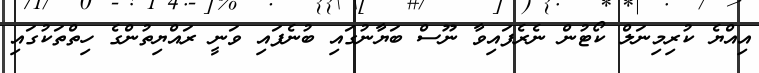
އިއްޔެ ކުރިމިނަލް ކޯޓުން ނެރެފައިވާ ނޫސް ބަޔާނުގައި ބުނެފައި ވަނީ ރައްޔިތުންގެ ހިތްތަކުގައި